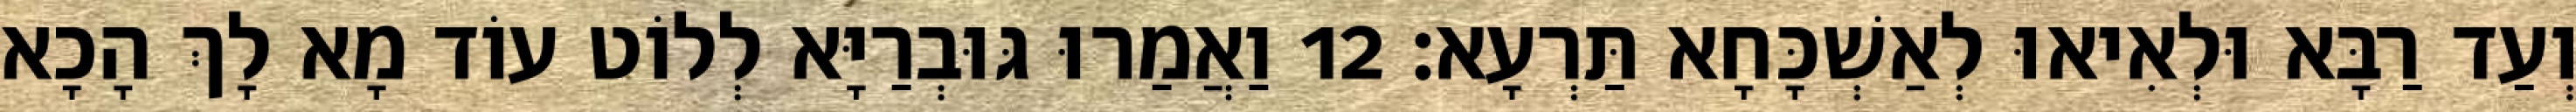
וְעַד רַבָּא וּלְאִיאוּ לְאַשְׁכָּחָא תַּרְעָא׃ 12 וַאֲמַרוּ גּוּבְרַיָּא לְלוֹט עוֹד מָא לָךְ הָכָא